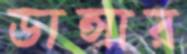
ডান্সার